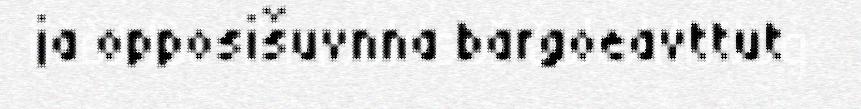
ja opposišuvnna bargoeavttut